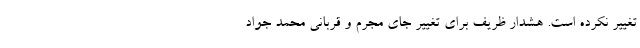
تغییر نکرده است. هشدار ظریف برای تغییر جای مجرم و قربانی محمد جواد